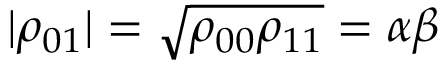
| \rho _ { 0 1 } | = \sqrt { \rho _ { 0 0 } \rho _ { 1 1 } } = \alpha \beta